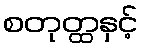
စတုတ္ထနှင့်